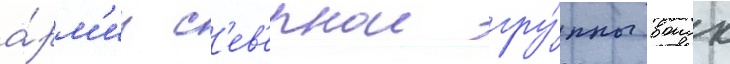
а́рм'ии с'ев'ернои гру́ппы воиск